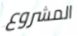
المشروع